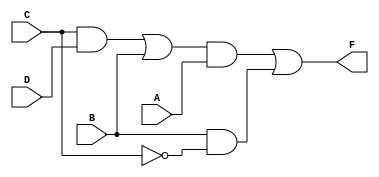
//fig 3-20 (a) pg. 122
module mod3_32_a(F, A, B, C, D);
    output F;
    input A, B, C, D;
    
    assign F = (((C && D) || B) && A) || (B && !C);
    
endmodule

module mod3_32_a_tb;
reg a, b, c, d;
wire y;

mod3_32_a circuit(y, a, b, c, d);
initial
begin
$monitor("a=%b, b=%b, c=%b, d=%b, y=%b", a, b, c, d, y);
a = 0; b = 0; c = 0; d = 0; #10;
a = 0; b = 0; c = 0; d = 1; #10;
a = 0; b = 0; c = 1; d = 0; #10;
a = 0; b = 0; c = 1; d = 1; #10;
a = 0; b = 1; c = 0; d = 0; #10;
a = 0; b = 1; c = 0; d = 1; #10;
a = 0; b = 1; c = 1; d = 0; #10;
a = 0; b = 1; c = 1; d = 1; #10;
a = 1; b = 0; c = 0; d = 0; #10;
a = 1; b = 0; c = 0; d = 1; #10;
a = 1; b = 0; c = 1; d = 0; #10;
a = 1; b = 0; c = 1; d = 1; #10;
a = 1; b = 1; c = 0; d = 0; #10;
a = 1; b = 1; c = 0; d = 1; #10;
a = 1; b = 1; c = 1; d = 0; #10;
a = 1; b = 1; c = 1; d = 1; #10;
$finish;
end
endmodule